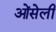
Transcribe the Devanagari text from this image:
ओंसेली